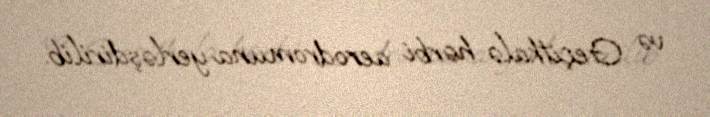
və Geçitkalə hərbi aerodromuna yerləşdirilib.